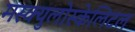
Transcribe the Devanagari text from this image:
मस्क्युलोस्केलिटल